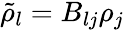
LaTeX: {\tilde{\rho}}_{l}=B_{lj}{\rho}_{j}